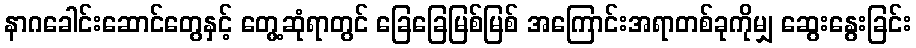
နာဂခေါင်းဆောင်တွေနှင့် တွေ့ဆုံရာတွင် ခြေခြေမြစ်မြစ် အကြောင်းအရာတစ်ခုကိုမျှ ဆွေးနွေးခြင်း